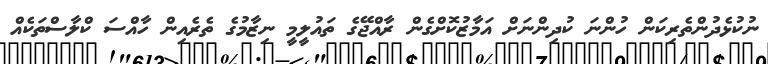
ނުކުޅެދުންތެރިކަން ހުންނަ ކުދިންނަށް އަމާޒުކޮށްގެން ރާއްޖޭގެ ތައުލީމީ ނިޒާމުގެ ތެރެއިން ހާއްސަ ކްލާސްތަކެއް